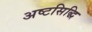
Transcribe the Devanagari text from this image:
अष्टसिद्धि